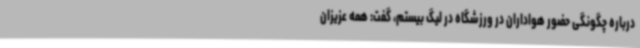
درباره چگونگی حضور هواداران در ورزشگاه در لیگ بیستم، گفت: همه عزیزان